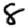
Digit: 8